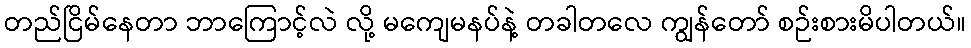
တည်ငြိမ်နေတာ ဘာကြောင့်လဲ လို့ မကျေမနပ်နဲ့ တခါတလေ ကျွန်တော် စဉ်းစားမိပါတယ်။